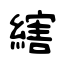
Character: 縖